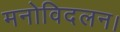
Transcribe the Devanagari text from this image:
मनोविदलन।